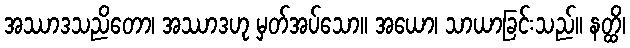
အဿာဒသညိတော၊ အဿာဒဟု မှတ်အပ်သော။ အယော၊ သာယာခြင်းသည်။ နတ္ထိ၊